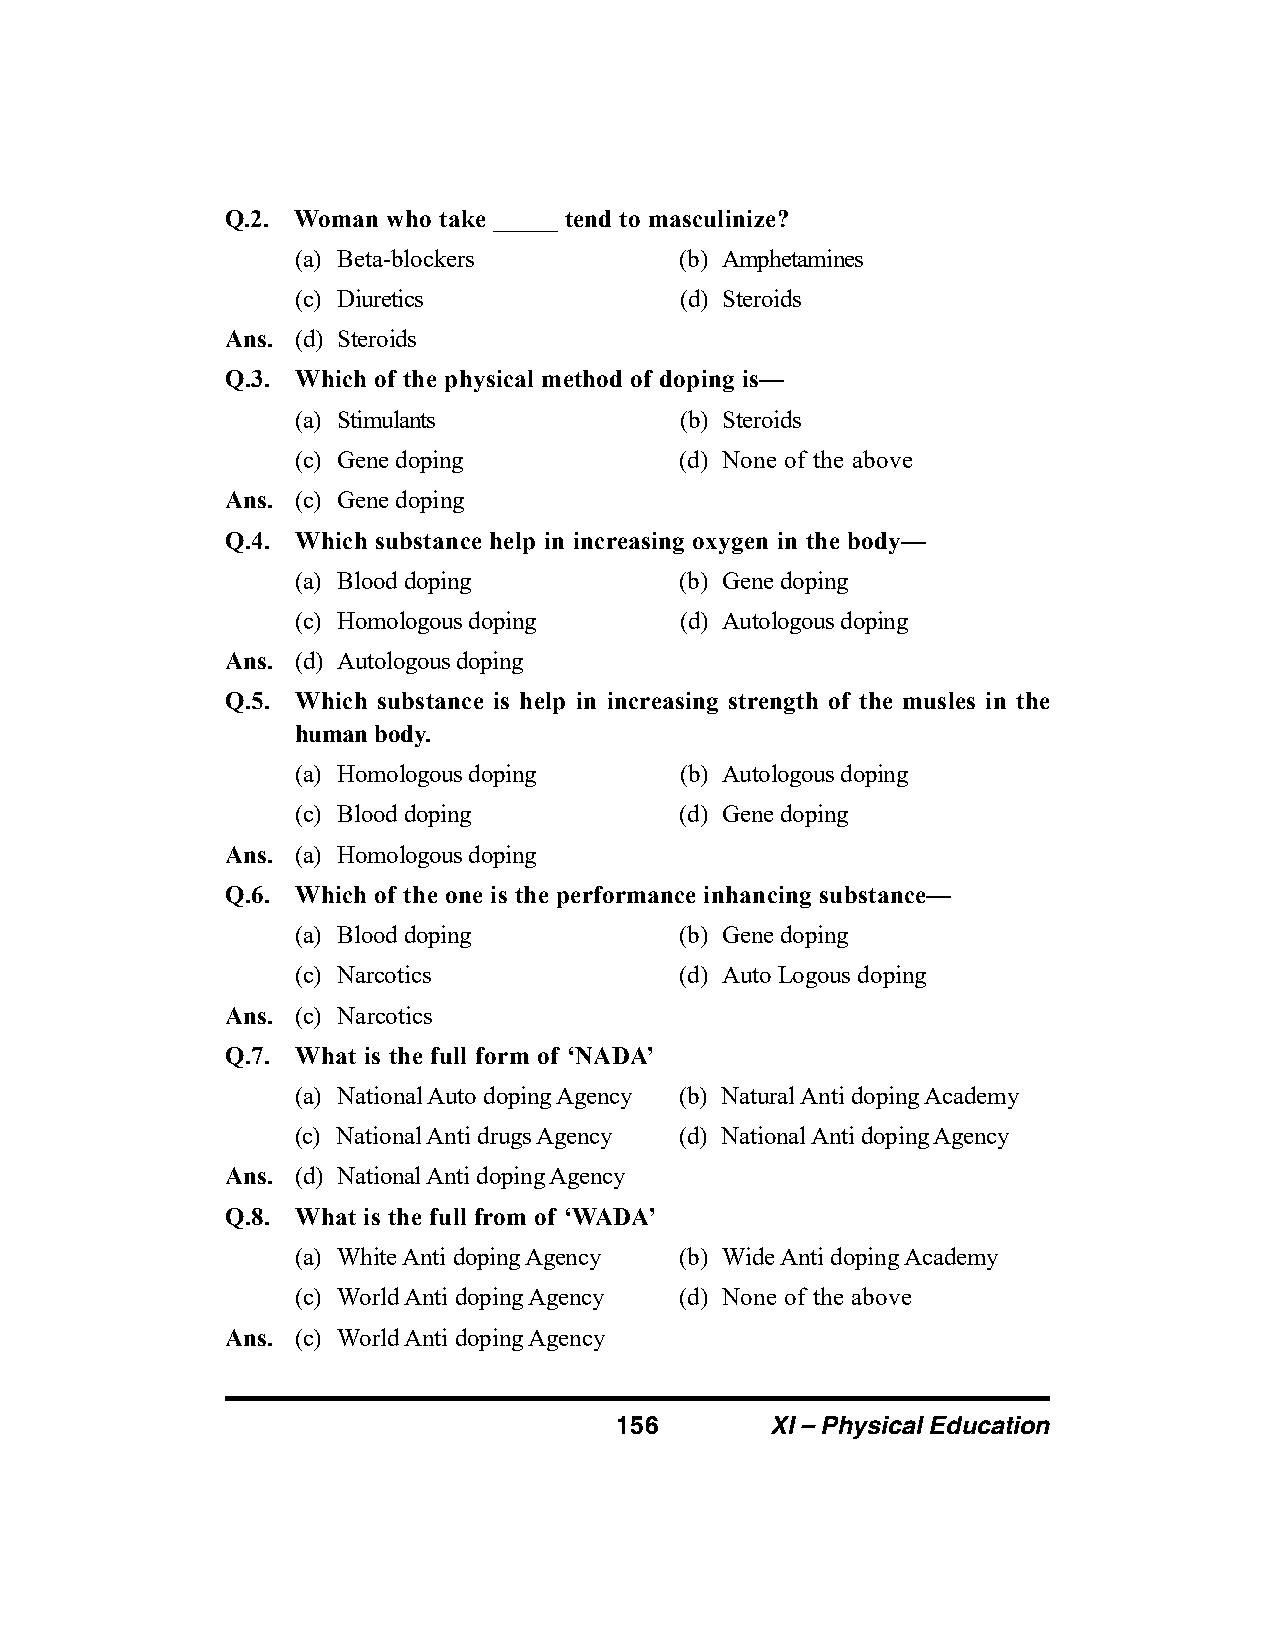
Q.2. Woman who take _____ tend to masculinize?
 (a) Beta-blockers        (b) Amphetamines
 (c) Diuretics            (d) Steroids
 Ans. (d) Steroids
 Q.3. Which of the physical method of doping is—
 (a) Stimulants           (b) Steroids
 (c) Gene doping          (d) None of the above
 Ans. (c) Gene doping
 Q.4. Which substance help in increasing oxygen in the body—
 (a) Blood doping         (b) Gene doping
 (c) Homologous doping    (d) Autologous doping
 Ans. (d) Autologous doping
 Q.5. Which substance is help in increasing strength of the musles in the
 human body.
 (a) Homologous doping    (b) Autologous doping
 (c) Blood doping         (d) Gene doping
 Ans. (a) Homologous doping
 Q.6. Which of the one is the performance inhancing substance—
 (a) Blood doping         (b) Gene doping
 (c) Narcotics            (d) Auto Logous doping
 Ans. (c) Narcotics
 Q.7. What is the full form of ‘NADA’
 (a) National Auto doping Agency (b) Natural Anti doping Academy
 (c) National Anti drugs Agency (d) National Anti doping Agency
 Ans. (d) National Anti doping Agency
 Q.8. What is the full from of ‘WADA’
 (a) White Anti doping Agency (b) Wide Anti doping Academy
 (c) World Anti doping Agency (d) None of the above
 Ans. (c) World Anti doping Agency
 156       XI – Physical Education